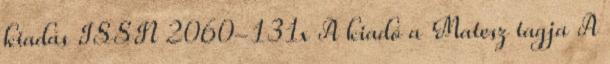
kiadás ISSN 2060-131x A kiadó a Matesz tagja A